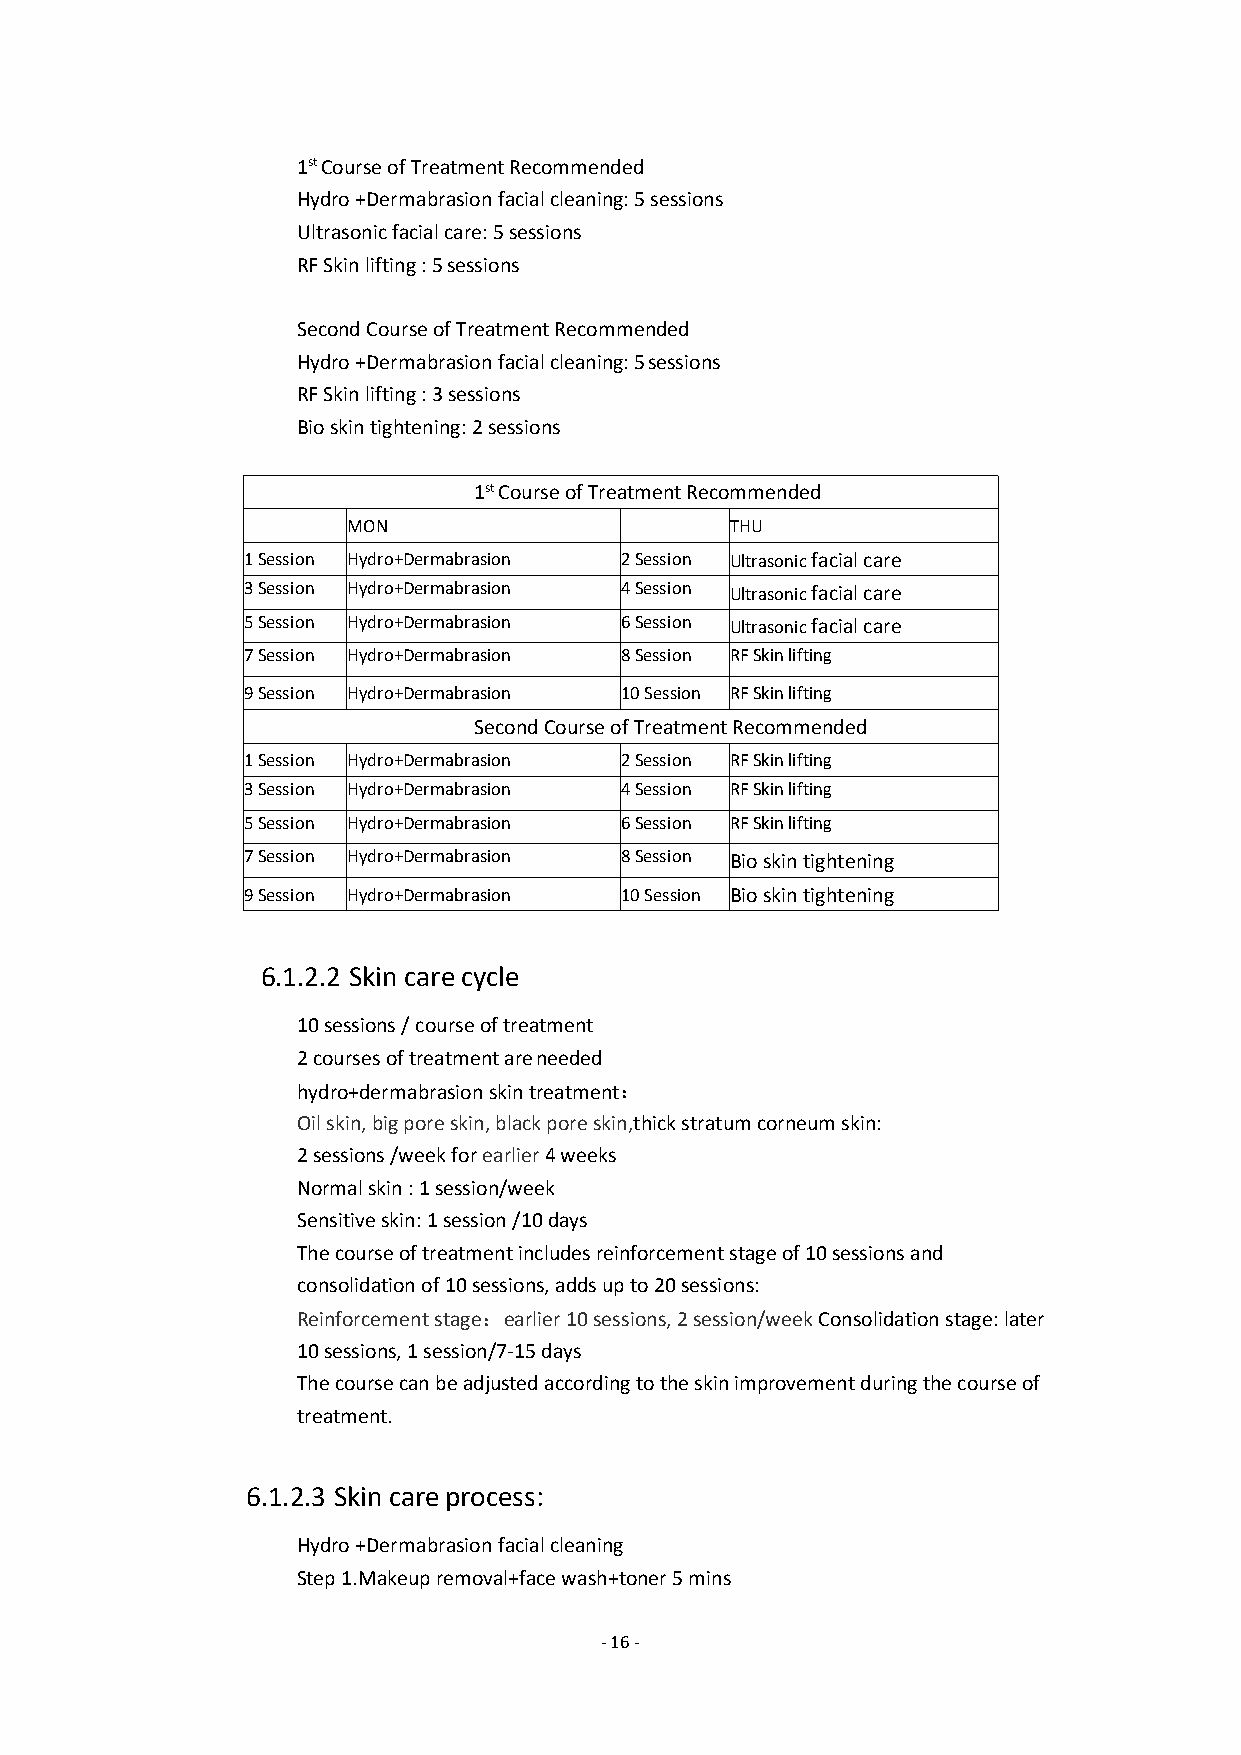
1stCourseofTreatmentRecommended
 Hydro+Dermabrasionfacialcleaning:5sessions
 Ultrasonicfacialcare:5sessions
 RFSkinlifting:5sessions
 SecondCourseofTreatmentRecommended
 Hydro+Dermabrasionfacialcleaning:5sessions
 RFSkinlifting:3sessions
 Bioskintightening:2sessions
 1stCourseofTreatmentRecommended
 MON                      THU
 1Session Hydro+Dermabrasion 2Session Ultrasonicfacialcare
 3Session Hydro+Dermabrasion 4Session Ultrasonicfacialcare
 5Session Hydro+Dermabrasion 6Session Ultrasonicfacialcare
 7Session Hydro+Dermabrasion 8Session RFSkinlifting
 9Session Hydro+Dermabrasion 10Session RFSkinlifting
 SecondCourseofTreatmentRecommended
 1Session Hydro+Dermabrasion 2Session RFSkinlifting
 3Session Hydro+Dermabrasion 4Session RFSkinlifting
 5Session Hydro+Dermabrasion 6Session RFSkinlifting
 7Session Hydro+Dermabrasion 8Session Bioskintightening
 9Session Hydro+Dermabrasion 10Session Bioskintightening
 6.1.2.2 Skin carecycle
 10sessions/courseoftreatment
 2coursesoftreatmentareneeded
 hydro+dermabrasionskintreatment：
 Oilskin,bigporeskin,blackporeskin,thickstratumcorneumskin:
 2sessions/weekforearlier4weeks
 Normalskin:1session/week
 Sensitiveskin:1session/10days
 Thecourseoftreatmentincludesreinforcementstageof10sessionsand
 consolidationof10sessions,addsupto20sessions:
 Reinforcementstage：earlier10sessions,2session/weekConsolidationstage:later
 10sessions,1session/7-15days
 Thecoursecanbeadjustedaccordingtotheskinimprovementduringthecourseof
 treatment.
 6.1.2.3 Skin careprocess:
 Hydro+Dermabrasionfacialcleaning
 Step1.Makeupremoval+facewash+toner5mins
 -16-